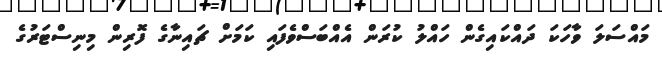
މައްސަލަ ވާހަކަ ދައްކައިގެން ހައްލު ކުރަން އެއްބަސްވެފައި ކަމަށް ޗައިނާގެ ފޮރިން މިނިސްޓަރުގެ